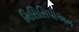
મિસિસિપીઅન